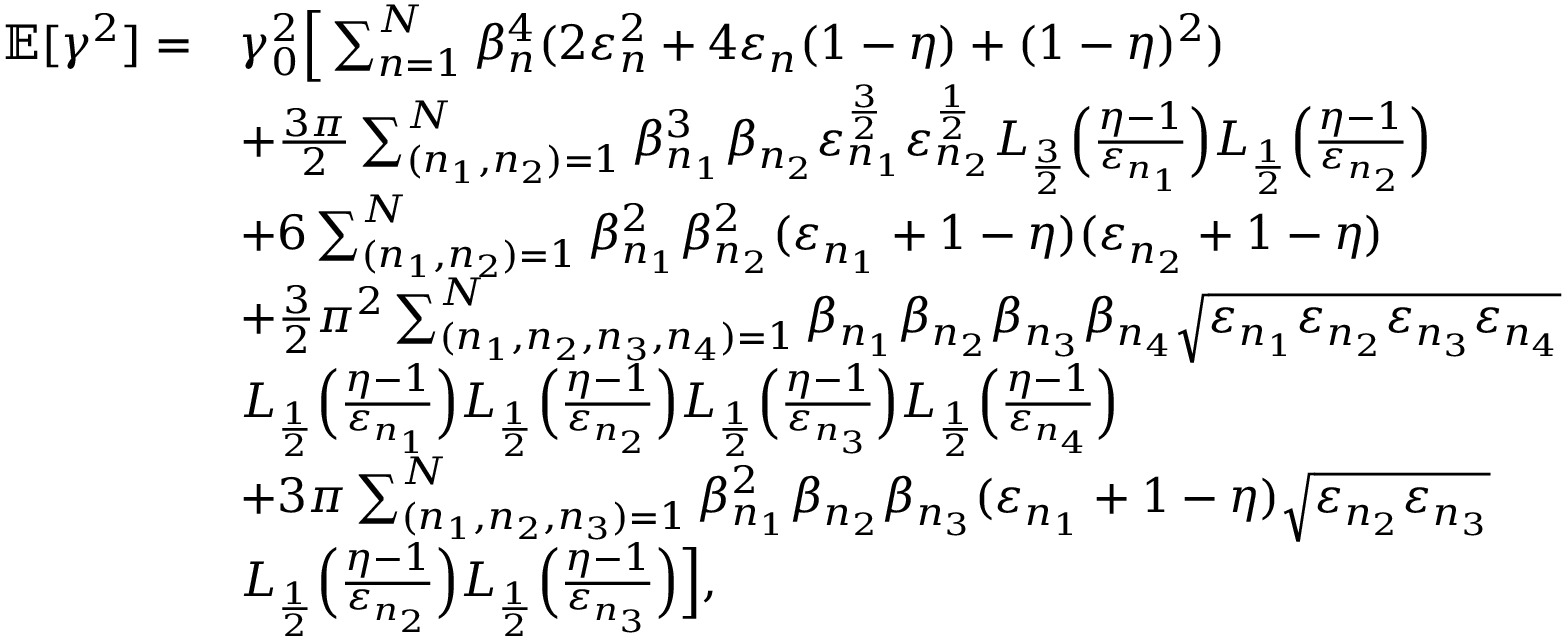
\begin{array} { r l } { \mathbb { E } [ \gamma ^ { 2 } ] = } & { \gamma _ { 0 } ^ { 2 } \Big [ \sum _ { n = 1 } ^ { N } \beta _ { n } ^ { 4 } ( 2 \varepsilon _ { n } ^ { 2 } + 4 \varepsilon _ { n } ( 1 - \eta ) + ( 1 - \eta ) ^ { 2 } ) } \\ & { + \frac { 3 \pi } { 2 } \sum _ { ( n _ { 1 } , n _ { 2 } ) = 1 } ^ { N } \beta _ { n _ { 1 } } ^ { 3 } \beta _ { n _ { 2 } } \varepsilon _ { n _ { 1 } } ^ { \frac { 3 } { 2 } } \varepsilon _ { n _ { 2 } } ^ { \frac { 1 } { 2 } } L _ { \frac { 3 } { 2 } } \Big ( \frac { \eta - 1 } { \varepsilon _ { n _ { 1 } } } \Big ) L _ { \frac { 1 } { 2 } } \Big ( \frac { \eta - 1 } { \varepsilon _ { n _ { 2 } } } \Big ) } \\ & { + 6 \sum _ { ( n _ { 1 } , n _ { 2 } ) = 1 } ^ { N } \beta _ { n _ { 1 } } ^ { 2 } \beta _ { n _ { 2 } } ^ { 2 } ( \varepsilon _ { n _ { 1 } } + 1 - \eta ) ( \varepsilon _ { n _ { 2 } } + 1 - \eta ) } \\ & { + \frac { 3 } { 2 } \pi ^ { 2 } \sum _ { ( n _ { 1 } , n _ { 2 } , n _ { 3 } , n _ { 4 } ) = 1 } ^ { N } \beta _ { n _ { 1 } } \beta _ { n _ { 2 } } \beta _ { n _ { 3 } } \beta _ { n _ { 4 } } \sqrt { \varepsilon _ { n _ { 1 } } \varepsilon _ { n _ { 2 } } \varepsilon _ { n _ { 3 } } \varepsilon _ { n _ { 4 } } } } \\ & { L _ { \frac { 1 } { 2 } } \Big ( \frac { \eta - 1 } { \varepsilon _ { n _ { 1 } } } \Big ) L _ { \frac { 1 } { 2 } } \Big ( \frac { \eta - 1 } { \varepsilon _ { n _ { 2 } } } \Big ) L _ { \frac { 1 } { 2 } } \Big ( \frac { \eta - 1 } { \varepsilon _ { n _ { 3 } } } \Big ) L _ { \frac { 1 } { 2 } } \Big ( \frac { \eta - 1 } { \varepsilon _ { n _ { 4 } } } \Big ) } \\ & { + 3 \pi \sum _ { ( n _ { 1 } , n _ { 2 } , n _ { 3 } ) = 1 } ^ { N } \beta _ { n _ { 1 } } ^ { 2 } \beta _ { n _ { 2 } } \beta _ { n _ { 3 } } ( \varepsilon _ { n _ { 1 } } + 1 - \eta ) \sqrt { \varepsilon _ { n _ { 2 } } \varepsilon _ { n _ { 3 } } } } \\ & { L _ { \frac { 1 } { 2 } } \Big ( \frac { \eta - 1 } { \varepsilon _ { n _ { 2 } } } \Big ) L _ { \frac { 1 } { 2 } } \Big ( \frac { \eta - 1 } { \varepsilon _ { n _ { 3 } } } \Big ) \Big ] , } \end{array}